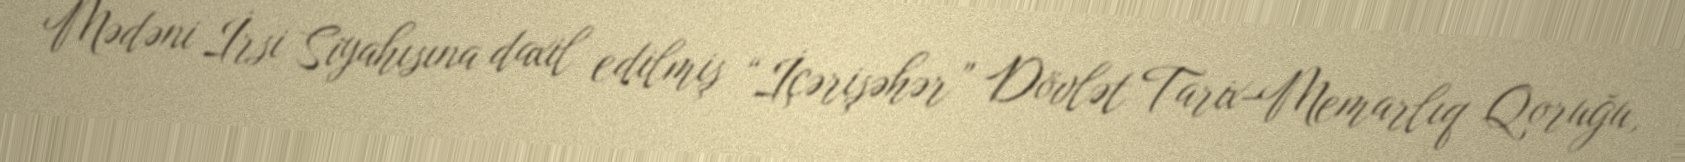
Mədəni İrsi Siyahısına daxil edilmiş “İçərişəhər” Dövlət Tarix-Memarlıq Qoruğu,